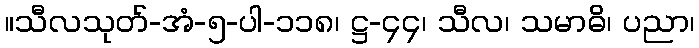
။သီလသုတ်-အံ-၅-ပါ-၁၁၈၊ ဋ္ဌ-၄၄၊ သီလ၊ သမာဓိ၊ ပညာ၊